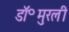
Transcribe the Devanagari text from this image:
डॉ॰मुरली